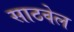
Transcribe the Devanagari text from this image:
साठवेल